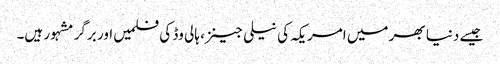
جیسے دنیا بھر میں امریکہ کی نیلی جینز، ہالی وڈ کی فلمیں اور برگر مشہور ہیں۔